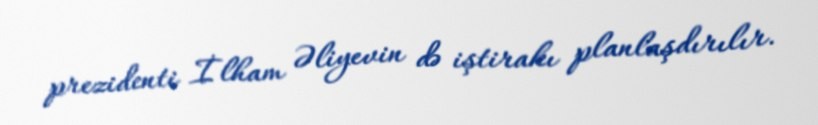
prezidenti İlham Əliyevin də iştirakı planlaşdırılır.